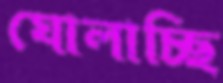
ঘোলাচ্ছি